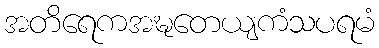
အတိရေကအဍ္ဎတေယျကံသပရမံ